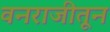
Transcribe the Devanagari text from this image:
वनराजीतून